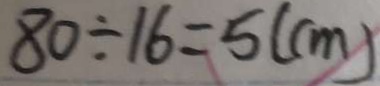
8 0 \div 1 6 = 5 ( c m )